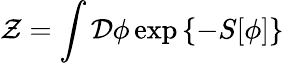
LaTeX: {\cal Z}=\int{\cal D}\phi\exp\left\{ -S[\phi]\right\}